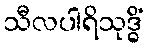
သီလပါရိသုဒ္ဓိံ